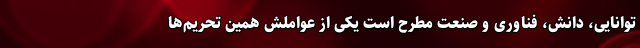
توانایی، دانش، فناوری و صنعت مطرح است یکی از عواملش ‌همین تحریم‌ها